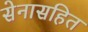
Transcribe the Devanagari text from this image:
सेनासहित